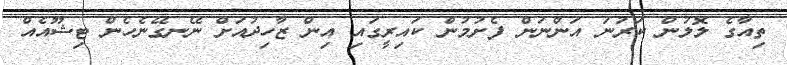
ތިއާގެ ލޮލުން ކަރުނަ އަންނަން ފެށުމުން ކައިރީގައި އިން ޒާހިދުއަށް ނޭނގޭނެހެން ޓިޝޫއެއް